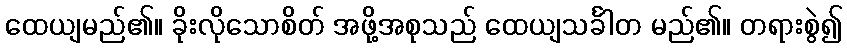
ထေယျမည်၏။ ခိုးလိုသောစိတ် အဖို့အစုသည် ထေယျသင်္ခါတ မည်၏။ တရားစွဲ၍